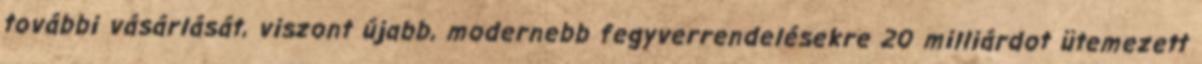
további vásárlását, viszont újabb, modernebb fegyverrendelésekre 20 milliárdot ütemezett